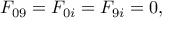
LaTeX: \begin{array} { c } { { F _ { 0 9 } = F _ { 0 i } = F _ { 9 i } = 0 , } } \end{array}